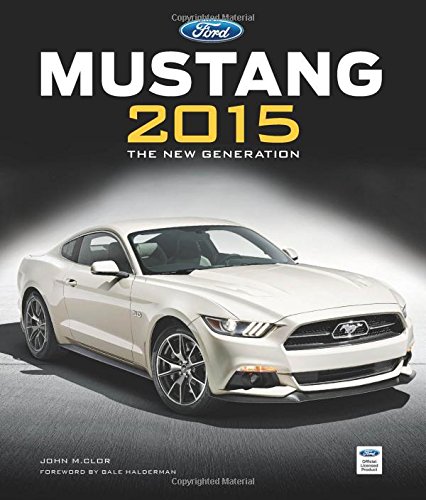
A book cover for Ford Mustang 2015: The New Generation; John M. Clor; Engineering & Transportation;